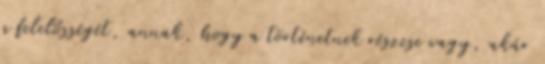
a felelősségét, annak, hogy a történetnek részese vagy, akár